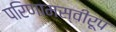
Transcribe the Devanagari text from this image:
परिणामस्वीरूप